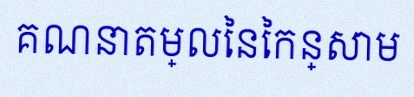
គណនាតម្លៃនៃកន្សោម